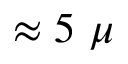
\approx 5 ~ \mu